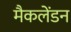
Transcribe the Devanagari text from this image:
मैकलेंडन